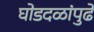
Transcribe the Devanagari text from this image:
घोडदळांपुढे